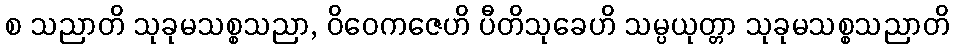
စ သညာတိ သုခုမသစ္စသညာ, ဝိဝေကဇေဟိ ပီတိသုခေဟိ သမ္ပယုတ္တာ သုခုမသစ္စသညာတိ